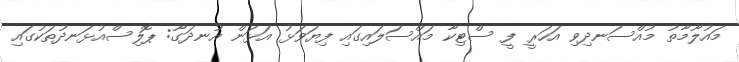
މައުލޫމާތު މުއްސަނދިވި އަހަރީ ފީ ސްޓިކާ މައްސަލައިގައި ފިޔަވަޅު އަޅަން އުނދަގޫ: ޕޮލިސްއުޅަނދުތަކުގައި